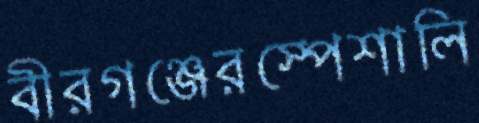
বীরগঞ্জেরস্পেশালি